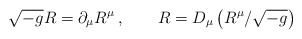
\begin{align*}\sqrt{-g} R = \partial_\mu R^\mu \>, \qquad R = D_\mu \left( R^\mu / \sqrt{-g} \right)\end{align*}